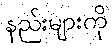
နည်းများကို